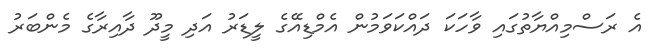
އެ ރަސްމިއްޔާތުގައި ވާހަކަ ދައްކަވަމުން އެމްޑިއޭގެ ލީޑަރު އަދި މީދޫ ދާއިރާގެ މެންބަރު